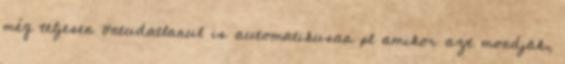
még teljesen öntudatlanul is automatikusan pl amikor azt mondják,